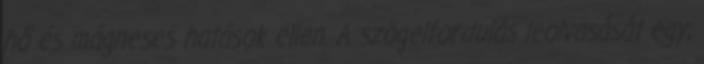
hő és mágneses hatások ellen. A szögelfordulás leolvasását egy,